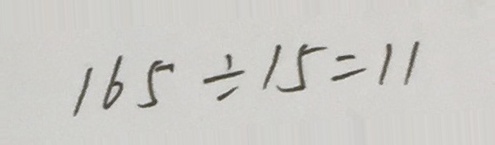
1 6 5 \div 1 5 = 1 1